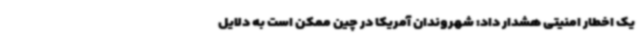
یک اخطار امنیتی هشدار داد: شهروندان آمریکا در چین ممکن است به دلایل